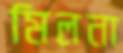
মিলনা